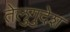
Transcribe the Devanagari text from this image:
तेलुगुदेश